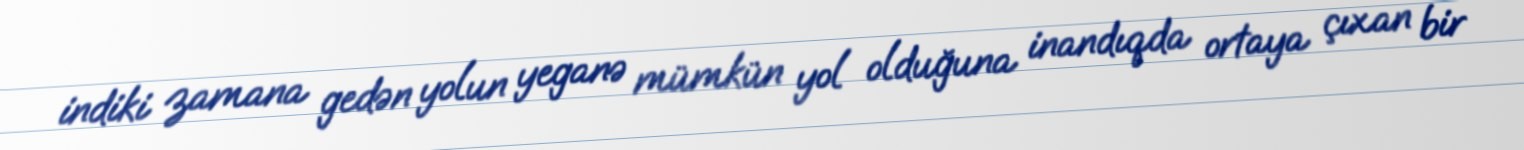
indiki zamana gedən yolun yeganə mümkün yol olduğuna inandıqda ortaya çıxan bir